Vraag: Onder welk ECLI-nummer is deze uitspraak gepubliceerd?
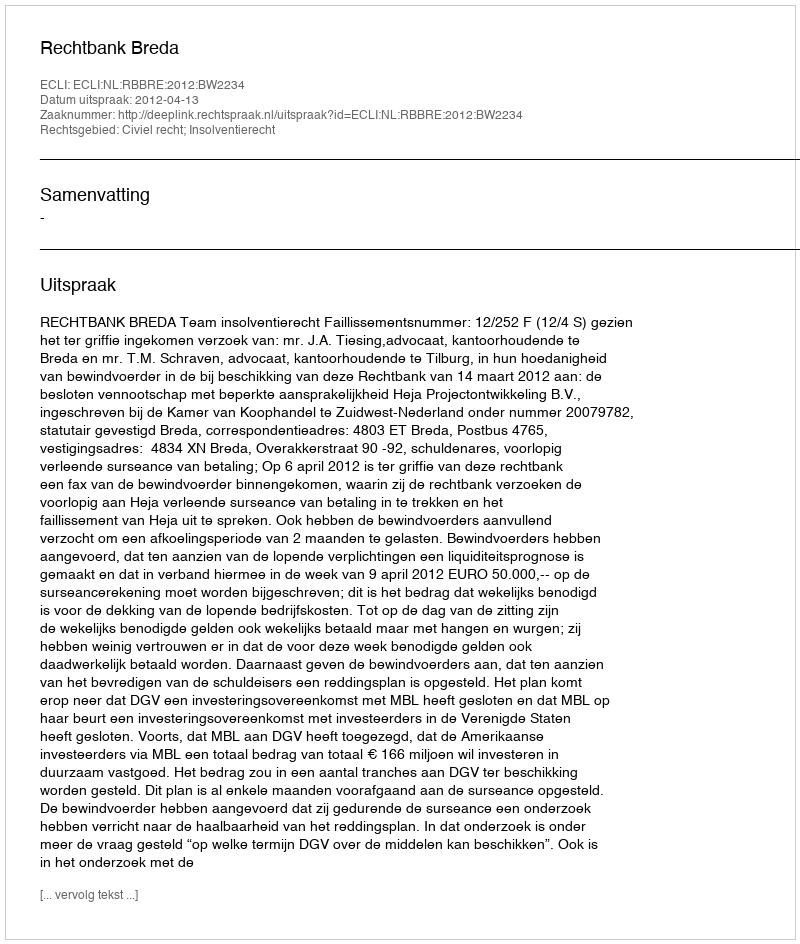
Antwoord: ECLI:NL:RBBRE:2012:BW2234